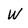
Character: W